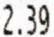
2.39